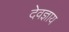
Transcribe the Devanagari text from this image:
देवज्ञाय